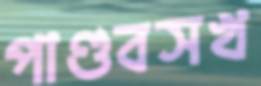
পাণ্ডবসখ